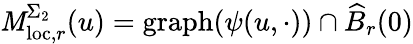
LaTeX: \mathit{M}_{\mathrm{{loc}},r}^{\Sigma_{2}}(u)=\mathrm{{graph}}({\psi}(u,\cdot))\cap\widehat{{B}}_{r}(0)